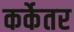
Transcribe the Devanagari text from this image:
कर्केतर